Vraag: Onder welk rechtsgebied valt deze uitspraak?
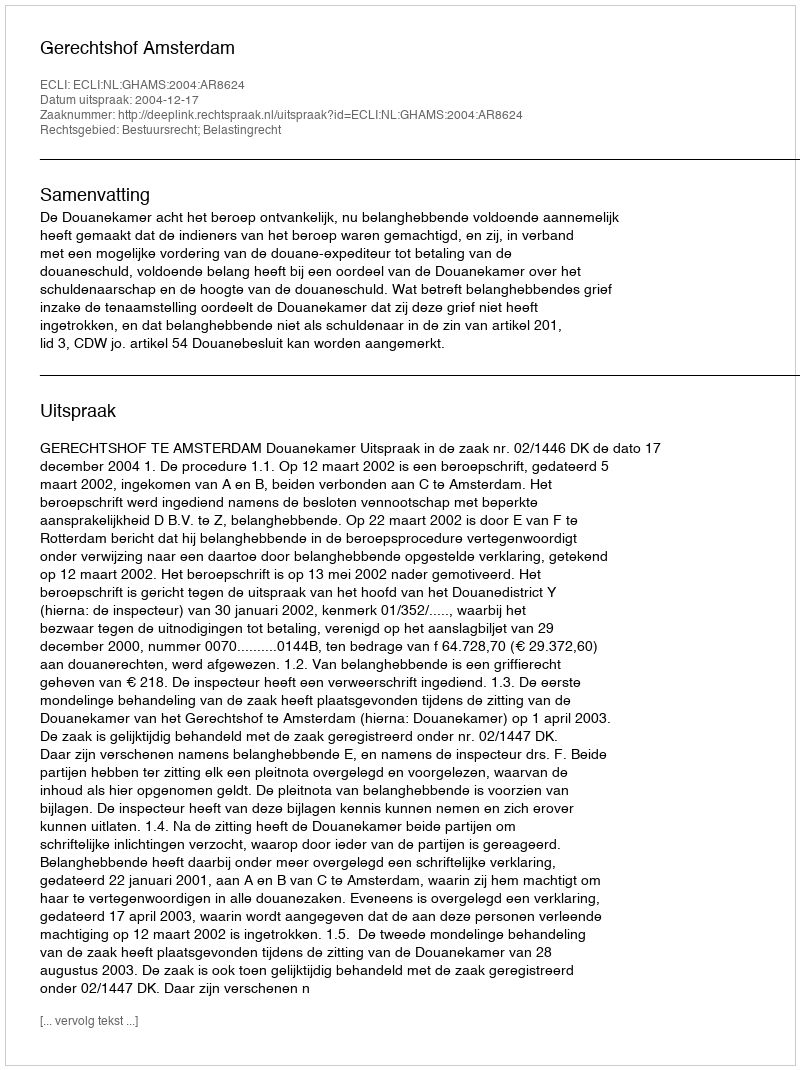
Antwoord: Bestuursrecht; Belastingrecht